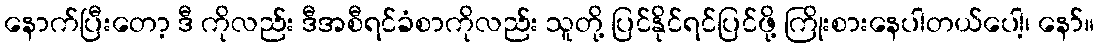
နောက်ပြီးတော့ ဒီ ကိုလည်း ဒီအစီရင်ခံစာကိုလည်း သူတို့ ပြင်နိုင်ရင်ပြင်ဖို့ ကြိုးစားနေပါတယ်ပေါ့၊ နော်။